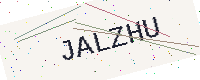
Text: JALZHU